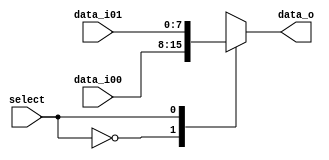
module Mux2(select,data_i00,data_i01,data_o);
   parameter Size = 8;

   input wire [('d1) - ('b1):0] select;
   input wire [(Size) - ('b1):0] data_i00;
   input wire [(Size) - ('b1):0] data_i01;

   output reg [(Size) - ('b1):0] data_o;

   always @ (select or data_i00 or data_i01) begin
     case (select)
       'b0:data_o = data_i00;
       'b1:data_o = data_i01;
     endcase // case (select)
   end
endmodule // Mux2

module Mux4(select,data_i00,data_i01,data_i02,data_i03,data_o);
   parameter Size = 8;

   input wire [('d2) - ('b1):0] select;
   input wire [(Size) - ('b1):0] data_i00;
   input wire [(Size) - ('b1):0] data_i01;
   input wire [(Size) - ('b1):0] data_i02;
   input wire [(Size) - ('b1):0] data_i03;

   output reg [(Size) - ('b1):0] data_o;

   always @ (select or 
	     data_i00 or data_i01 or data_i02 or data_i03) begin
      case (select)
	'b00: data_o = data_i00;
	'b01: data_o = data_i01;
	'b10: data_o = data_i02;
	'b11: data_o = data_i03;
      endcase
   end
endmodule // Mux4

module Mux8(select,data_i00,data_i01,data_i02,data_i03,data_i04,data_i05,data_i06,data_i07,data_o);
   parameter Size = 8;

   input wire [('d3) - ('b1):0] select;
   input wire [(Size) - ('b1):0] data_i00;
   input wire [(Size) - ('b1):0] data_i01;
   input wire [(Size) - ('b1):0] data_i02;
   input wire [(Size) - ('b1):0] data_i03;
   input wire [(Size) - ('b1):0] data_i04;
   input wire [(Size) - ('b1):0] data_i05;
   input wire [(Size) - ('b1):0] data_i06;
   input wire [(Size) - ('b1):0] data_i07;

   output reg [(Size) - ('b1):0] data_o;

   always @ (select or 
	     data_i00 or data_i01 or data_i02 or data_i03 or data_i04 or data_i05 or data_i06 or data_i07) begin
      case (select)
	'b000: data_o = data_i00;
	'b001: data_o = data_i01;
	'b010: data_o = data_i02;
	'b011: data_o = data_i03;
	'b100: data_o = data_i04;
	'b101: data_o = data_i05;
	'b110: data_o = data_i06;
	'b111: data_o = data_i07;
      endcase
   end
endmodule // Mux8

module Mux16(select,data_i00,data_i01,data_i02,data_i03,data_i04,data_i05,data_i06,data_i07,data_i08,data_i09,data_i10,data_i11,data_i12,data_i13,data_i14,data_i15,data_o);
   parameter Size = 8;

   input wire [('d4) - ('b1):0] select;
   input wire [(Size) - ('b1):0] data_i00;
   input wire [(Size) - ('b1):0] data_i01;
   input wire [(Size) - ('b1):0] data_i02;
   input wire [(Size) - ('b1):0] data_i03;
   input wire [(Size) - ('b1):0] data_i04;
   input wire [(Size) - ('b1):0] data_i05;
   input wire [(Size) - ('b1):0] data_i06;
   input wire [(Size) - ('b1):0] data_i07;
   input wire [(Size) - ('b1):0] data_i08;
   input wire [(Size) - ('b1):0] data_i09;
   input wire [(Size) - ('b1):0] data_i10;
   input wire [(Size) - ('b1):0] data_i11;
   input wire [(Size) - ('b1):0] data_i12;
   input wire [(Size) - ('b1):0] data_i13;
   input wire [(Size) - ('b1):0] data_i14;
   input wire [(Size) - ('b1):0] data_i15;

   output reg [(Size) - ('b1):0] data_o;

   always @ (select or 
	     data_i00 or data_i01 or data_i02 or data_i03 or data_i04 or data_i05 or data_i06 or data_i07 or
	     data_i08 or data_i09 or data_i10 or data_i11 or data_i12 or data_i13 or data_i14 or data_i15) begin
      case (select)
	'b0000: data_o = data_i00;
	'b0001: data_o = data_i01;
	'b0010: data_o = data_i02;
	'b0011: data_o = data_i03;
	'b0100: data_o = data_i04;
	'b0101: data_o = data_i05;
	'b0110: data_o = data_i06;
	'b0111: data_o = data_i07;
	'b1000: data_o = data_i08;
	'b1001: data_o = data_i09;
	'b1010: data_o = data_i10;
	'b1011: data_o = data_i11;
	'b1100: data_o = data_i12;
	'b1101: data_o = data_i13;
	'b1110: data_o = data_i14;
	'b1111: data_o = data_i15;
      endcase
   end
endmodule // Mux16

module Mux32(select,data_i00,data_i01,data_i02,data_i03,data_i04,data_i05,data_i06,data_i07,data_i08,data_i09,data_i10,data_i11,data_i12,data_i13,data_i14,data_i15,data_i16,data_i17,data_i18,data_i19,data_i20,data_i21,data_i22,data_i23,data_i24,data_i25,data_i26,data_i27,data_i28,data_i29,data_i30,data_i31,data_o);
   parameter Size = 8;

   input wire [('d5) - ('b1):0] select;
   input wire [(Size) - ('b1):0] data_i00;
   input wire [(Size) - ('b1):0] data_i01;
   input wire [(Size) - ('b1):0] data_i02;
   input wire [(Size) - ('b1):0] data_i03;
   input wire [(Size) - ('b1):0] data_i04;
   input wire [(Size) - ('b1):0] data_i05;
   input wire [(Size) - ('b1):0] data_i06;
   input wire [(Size) - ('b1):0] data_i07;
   input wire [(Size) - ('b1):0] data_i08;
   input wire [(Size) - ('b1):0] data_i09;
   input wire [(Size) - ('b1):0] data_i10;
   input wire [(Size) - ('b1):0] data_i11;
   input wire [(Size) - ('b1):0] data_i12;
   input wire [(Size) - ('b1):0] data_i13;
   input wire [(Size) - ('b1):0] data_i14;
   input wire [(Size) - ('b1):0] data_i15;
   input wire [(Size) - ('b1):0] data_i16;
   input wire [(Size) - ('b1):0] data_i17;
   input wire [(Size) - ('b1):0] data_i18;
   input wire [(Size) - ('b1):0] data_i19;
   input wire [(Size) - ('b1):0] data_i20;
   input wire [(Size) - ('b1):0] data_i21;
   input wire [(Size) - ('b1):0] data_i22;
   input wire [(Size) - ('b1):0] data_i23;
   input wire [(Size) - ('b1):0] data_i24;
   input wire [(Size) - ('b1):0] data_i25;
   input wire [(Size) - ('b1):0] data_i26;
   input wire [(Size) - ('b1):0] data_i27;
   input wire [(Size) - ('b1):0] data_i28;
   input wire [(Size) - ('b1):0] data_i29;
   input wire [(Size) - ('b1):0] data_i30;
   input wire [(Size) - ('b1):0] data_i31;

   output reg [(Size) - ('b1):0] data_o;

   always @ (select or 
	     data_i00 or data_i01 or data_i02 or data_i03 or data_i04 or data_i05 or data_i06 or data_i07 or
	     data_i08 or data_i09 or data_i10 or data_i11 or data_i12 or data_i13 or data_i14 or data_i15 or
	     data_i16 or data_i17 or data_i18 or data_i19 or data_i20 or data_i21 or data_i22 or data_i23 or
	     data_i24 or data_i25 or data_i26 or data_i27 or data_i28 or data_i29 or data_i30 or data_i31) begin
      case (select)
	'b00000: data_o = data_i00;
	'b00001: data_o = data_i01;
	'b00010: data_o = data_i02;
	'b00011: data_o = data_i03;
	'b00100: data_o = data_i04;
	'b00101: data_o = data_i05;
	'b00110: data_o = data_i06;
	'b00111: data_o = data_i07;
	'b01000: data_o = data_i08;
	'b01001: data_o = data_i09;
	'b01010: data_o = data_i10;
	'b01011: data_o = data_i11;
	'b01100: data_o = data_i12;
	'b01101: data_o = data_i13;
	'b01110: data_o = data_i14;
	'b01111: data_o = data_i15;
	'b10000: data_o = data_i16;
	'b10001: data_o = data_i17;
	'b10010: data_o = data_i18;
	'b10011: data_o = data_i19;
	'b10100: data_o = data_i20;
	'b10101: data_o = data_i21;
	'b10110: data_o = data_i22;
	'b10111: data_o = data_i23;
	'b11000: data_o = data_i24;
	'b11001: data_o = data_i25;
	'b11010: data_o = data_i26;
	'b11011: data_o = data_i27;
	'b11100: data_o = data_i28;
	'b11101: data_o = data_i29;
	'b11110: data_o = data_i30;
	'b11111: data_o = data_i31;
      endcase
   end
endmodule // Mux32